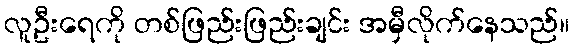
လူဦးရေကို တစ်ဖြည်းဖြည်းချင်း အမှီလိုက်နေသည်။